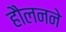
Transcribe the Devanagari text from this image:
हौलनने